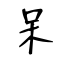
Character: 呆